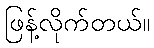
ဖြန့်လိုက်တယ်။